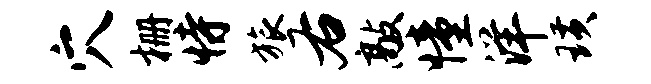
穴栅恃旅右敲憧洋璜